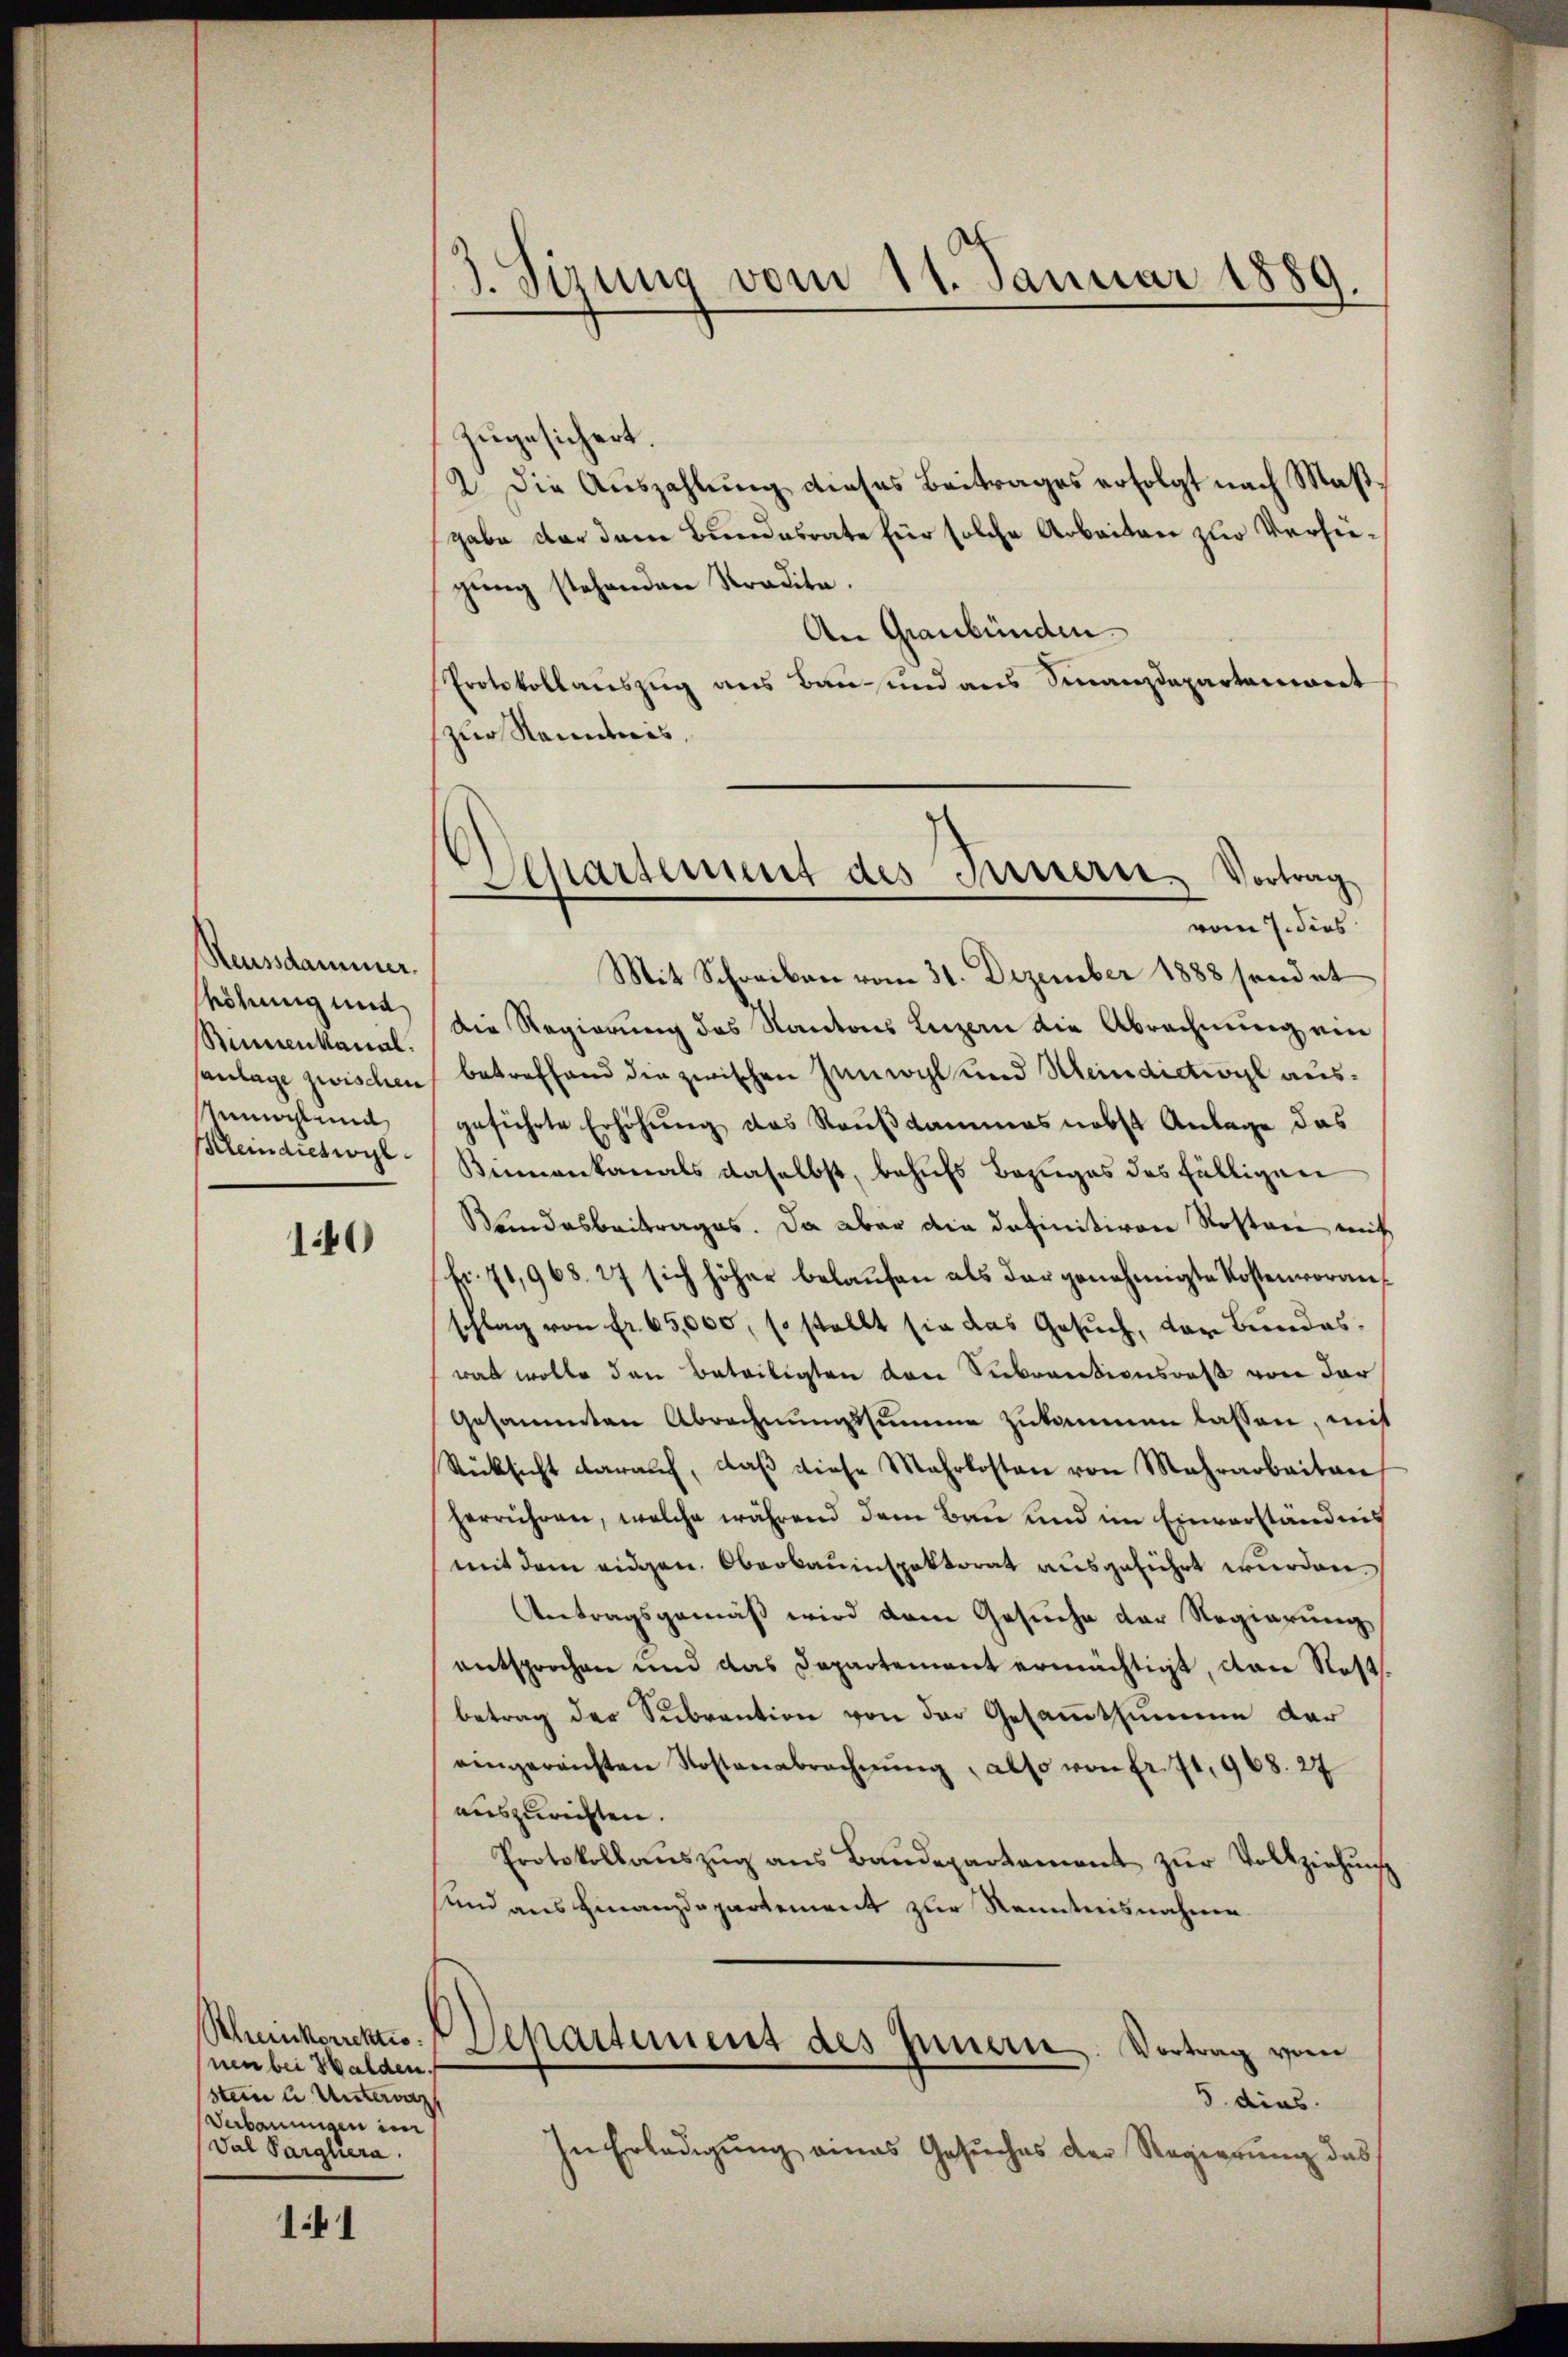
Reussdammer.
höhung und
Sinnenkanal.
sanlage zwischen
Mahlend
Klein dictwyl

140

nen bei Walden.
stein u. Untervaz
Verbauungen in
(Das Paglera.

1.41

Departement des Petern Vortrag
vom 7. dies

d. Sizung vom 11. Januar 1889.

zugesichert.
2. Die Auszahlung dieses Beitrages erfolgt nach Maßgabe der dem Bundesrate für solche Arbeiten zur Verfügŭng stehenden Stradita.
An Graubünden.
Protokollauszug aus Bau und aus Finanzdepartenant
zur Randens,
Mit Schreiben vom 31. Dezember 1888 sendet
Die Regierung des Kantons Luzern die Abrechnung ein
betreffend die zwischen Gemacht und Meindiction ausgeführte Erhöhŭng des Raufkammers nebst Anlage das
Binnenkanals daselbst, behufs Bezuges des fälligen
Kandesbeitrages. Da aber die definitiven Rostani mit
(Fr. 71,968. 27 sich höher belaufen als der genehmigte Kostenvoranschlag von fr. 65,000, so stellt sie das Gesuch, der Bundeswas wolle den Beteiligten von Seebrauctionsrath von der
Gesammten Abrechnungssumme zukommen lassen, mit
Rücksicht darauf, daβ diese Mehrkosten von Mehrarbeiten
herrühren, welche während dem Bau und im Einverständnis
mit dem eidgen. Oberbauinspektorat ausgeführt wurden.
Antragsgemäß wird dem Gesuche der Regierung
entsprochen und das Departement ermächtigt, dann Rost.
betrag der Subvention von der Gesammtsumme der
eingereichten Kostenabrechnŭng, also von Fr. 71, 968. 27
auszurichten.
Protokollaŭszŭg ans Baŭdepartament zŭr Vollziehŭng
sund aus Finanzdepartement zur Kenntnisnahme.
Scheinkonckte. Departement des Innern. Vortrag vom
5. dies
In Erledigŭng eines Gesŭches der Regierŭng das